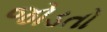
જોડતો